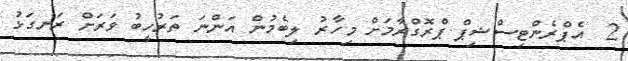
2  އެޕްރެންޓިސްޝިޕް ޕްރޮގްރާމަށް މިހާރު ލިބެމުން އަންނަ ތަރުހީބު ވަރަށް ރަނގަޅު